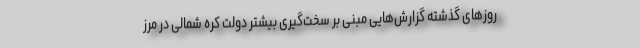
روزهای گذشته گزارش‌هایی مبنی بر سخت‌گیری بیشتر دولت کره شمالی در مرز